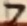
Text: 7